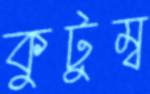
কুটুম্ব